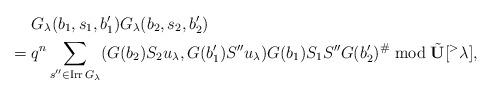
LaTeX: \begin{align*} & G_\lambda(b_1,s_1,b_1') G_\lambda(b_2,s_2,b_2')\\ =\; & q^n \sum_{s''\in\operatorname{Irr} G_\lambda} (G(b_2)S_2 u_\lambda, G(b_1') S'' u_\lambda) G(b_1) S_1 S'' G(b_2')^\# \bmod \Tilde{\mathbf U}[{}^>\lambda], \end{align*}